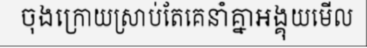
ចុងក្រោយស្រាប់តែគេនាំគ្នាអង្គុយមើល